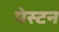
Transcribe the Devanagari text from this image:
पेस्टन